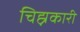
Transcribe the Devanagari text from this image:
चिह्नकारी